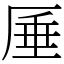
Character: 厜